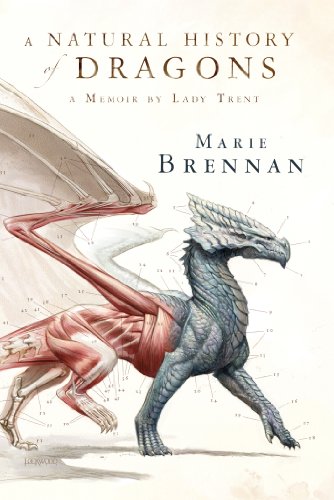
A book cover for A Natural History of Dragons: A Memoir by Lady Trent; Marie Brennan; Science & Math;